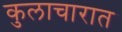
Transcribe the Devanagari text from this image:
कुलाचारात